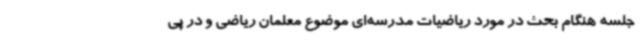
جلسه هنگام بحث در مورد ریاضیات مدرسه‌ای موضوع معلمان ریاضی و در پی